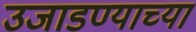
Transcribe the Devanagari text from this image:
उजाडण्याच्या